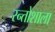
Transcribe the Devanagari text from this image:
स्न्तोशाला